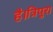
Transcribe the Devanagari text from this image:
है।त्रिपुरा